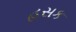
હસક